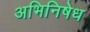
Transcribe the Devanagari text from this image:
अभिनिषेध